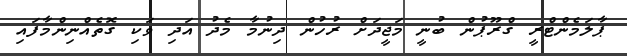
ޕާލަމެންޓްރީ ގްރޫޕުން ބުނީ މަޖީދަށް ރުހުން ދިނުމާ މެދު އަދި ވަކި ގޮތެއްނިންމާފައި